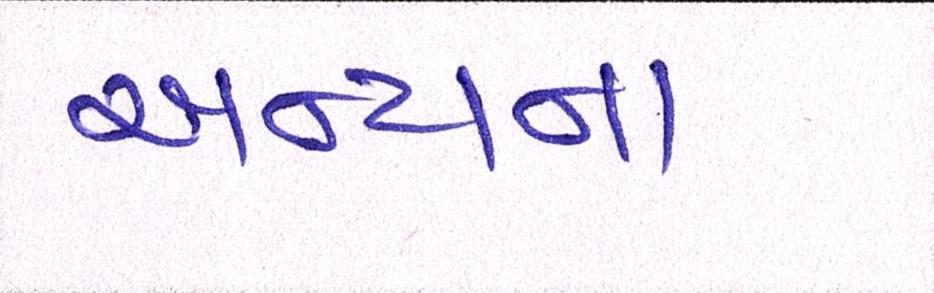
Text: અન્યના